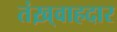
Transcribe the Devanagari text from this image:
तंख़्वाहदार